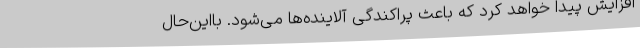
افزایش پیدا خواهد کرد که باعث پراکندگی آلاینده‌ها می‌شود. بااین‌حال